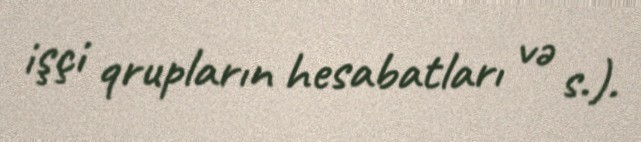
işçi qrupların hesabatları və s.).